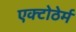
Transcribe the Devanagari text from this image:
एक्टोठेर्म